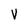
Character: V